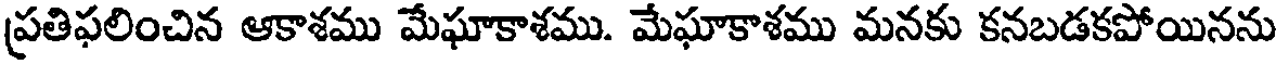
ప్రతిఫలించిన ఆకాశము మేఘాకాశము. మేఘాకాశము మనకు కనబడకపోయినను